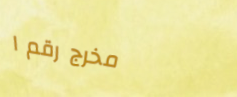
مخرج رقم ١